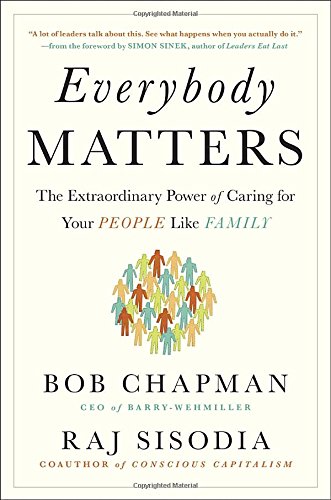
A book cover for Everybody Matters: The Extraordinary Power of Caring for Your People Like Family; Bob Chapman; Business & Money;